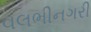
વલભીનગરી